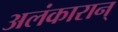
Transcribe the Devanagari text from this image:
अलंकारान्